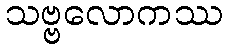
သဗ္ဗလောကဿ